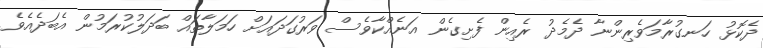
ދެކޮޅު ހަނގުރާމަވެރިންނާ ދެމެދު ރެއިން ފެށިގެން އަނެއްކާވެސް ވަރުގަދައަށް ހަމަލާތައް ބަދަލުކުރަމުން އެބަދެއެވެ.